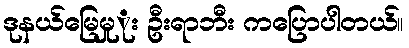
ဒုနယ်မြေမှုုး ဦးရာဘီး ကပြောပါတယ်။